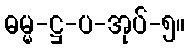
ဓမ္မ-ဋ္ဌ-ပ-အုပ်-၅။